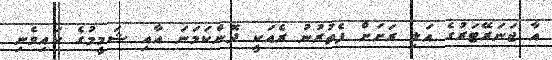
އާ ޖަނަރޭޓަރުގެ އަލި ރަށަށް ފެތުރުނު ރެއަކީ ދޮންކަމަނަ އާއި ޝަމީމުގެ ކައިވެނި